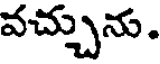
వచ్చును.